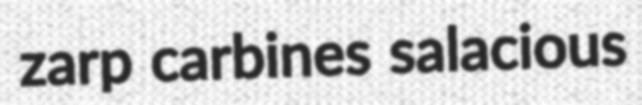
zarp carbines salacious